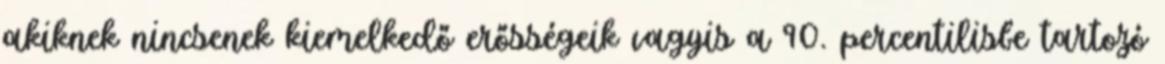
akiknek nincsenek kiemelkedő erősségeik vagyis a 90. percentilisbe tartozó